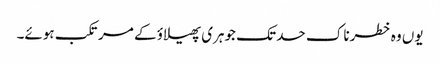
یوں وہ خطرناک حد تک جوہری پھیلاؤ کے مرتکب ہوئے۔